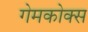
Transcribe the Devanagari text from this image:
गेमकोक्स